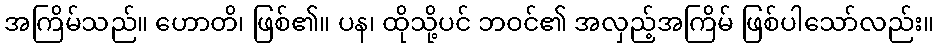
အကြိမ်သည်။ ဟောတိ၊ ဖြစ်၏။ ပန၊ ထိုသို့ပင် ဘဝင်၏ အလှည့်အကြိမ် ဖြစ်ပါသော်လည်း။